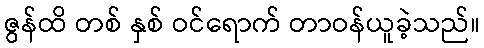
ဇွန်ထိ တစ် နှစ် ဝင်ရောက် တာဝန်ယူခဲ့သည်။